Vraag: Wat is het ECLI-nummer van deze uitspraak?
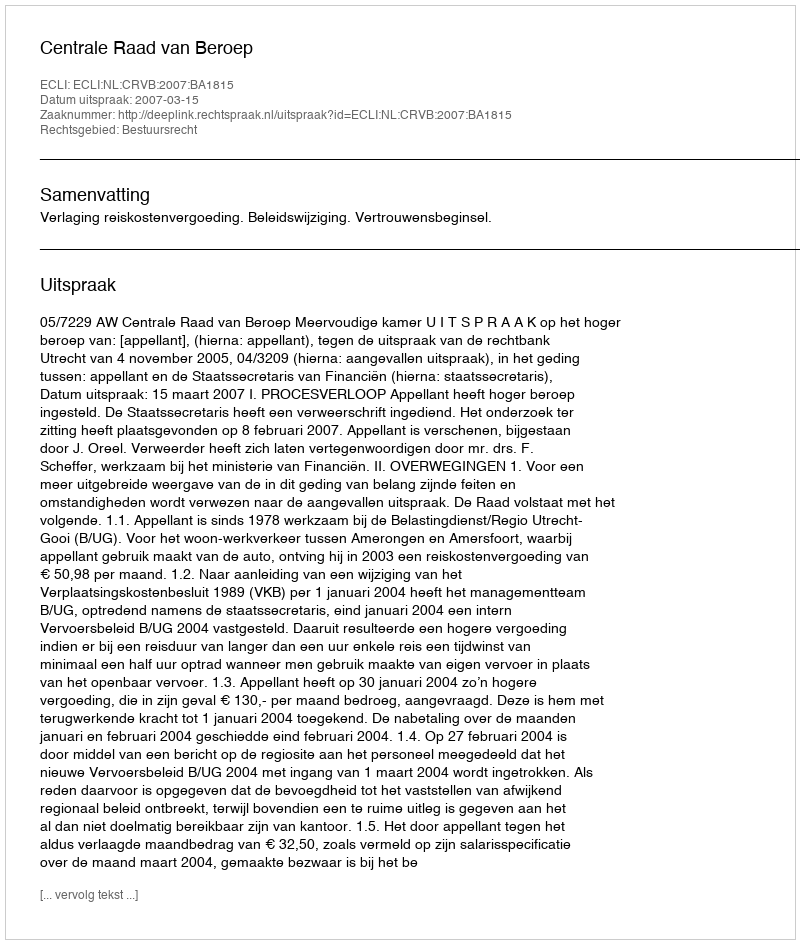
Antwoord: ECLI:NL:CRVB:2007:BA1815